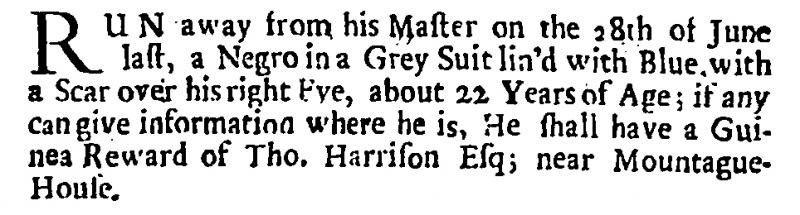
British Apollo, 13 July 1709 (England)
RUN away from his Master on the 28th of June last, a Negro in a Grey Suit lin’d with Blue, with a Scar over his right Eye, about 22 Years of Age; if any can give information where he is, He shall have a Guinea Reward of Tho. Harrison Esq; near Mountague-House.